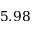
5 . 9 8